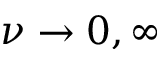
\nu \to 0 , \infty